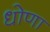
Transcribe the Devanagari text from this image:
धोणा